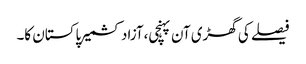
فیصلے کی گھڑی آن پہنچی،آزاد کشمیر پاکستان کا۔